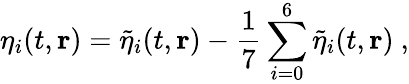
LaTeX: \eta_{i}(t,\mathbf{r})=\tilde{\eta}_{i}(t,\mathbf{r})-\frac{1}{7}\sum_{i=0}^{6}\tilde{\eta}_{i}(t,\mathbf{r})\ ,